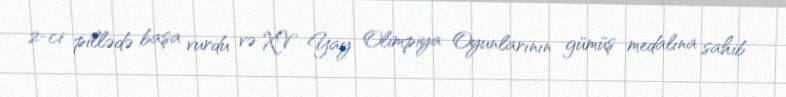
2-ci pillədə başa vurdu və XV Yay Olimpiya Oyunlarının gümüş medalına sahib